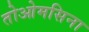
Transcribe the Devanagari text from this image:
तोओमसिना